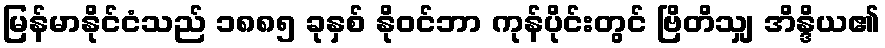
မြန်မာနိုင်ငံသည် ၁၈၈၅ ခုနှစ် နိုဝင်ဘာ ကုန်ပိုင်းတွင် ဗြိတိသျှ အိန္ဒိယ၏